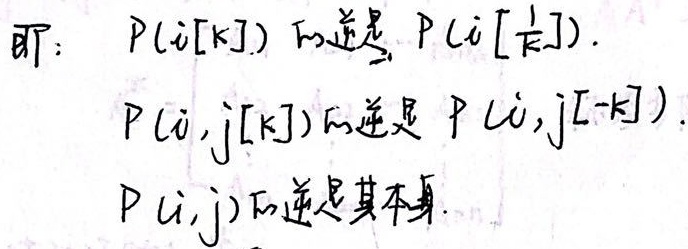
即：\(P(i[k])\)的逆是\(P(i[\frac{1}{k}])\)。\(P(i,j[k])\)的逆是\(P(i,j[-k])\)。\(P(i,j)\)的逆是其本身。